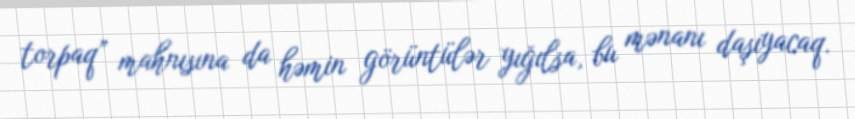
torpaq” mahnısına da həmin görüntülər yığılsa, bu mənanı daşıyacaq.